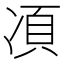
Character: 𱐇